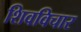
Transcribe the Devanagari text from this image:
शिवविचार